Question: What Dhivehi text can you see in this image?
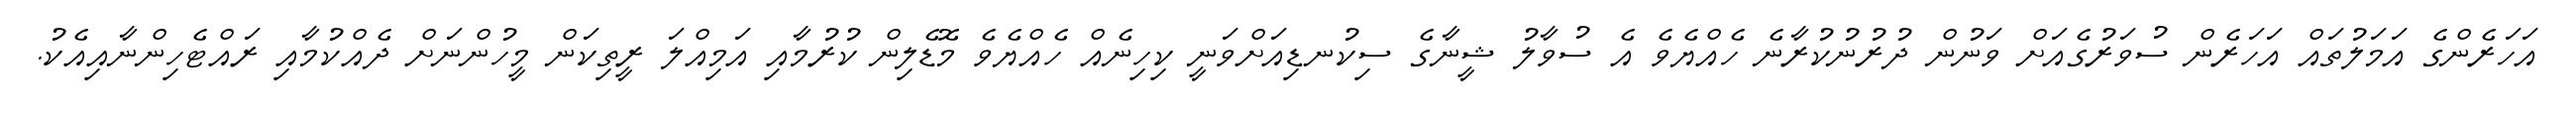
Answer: އަހަރެންގެ އަމަލުތައް އަހަރެން ސުވަރުގެއަށް ވަނުން ދުރުނުކުރާނެ ހެއްޔެވެ އެ ސުވާލު ޝީނާގެ ސިކުނޑިއަށްވަނީ ކިހިނެއް ހެއްޔެވެ މޮޑެލިން ކުރުމާއި އަމިއްލަ ރީތިކަން މީހުންނަށް ދެއްކުމާއި ރައްޓެހިންނާއިއެކު.